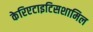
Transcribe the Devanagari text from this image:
केरिएटाइटिसशामिल